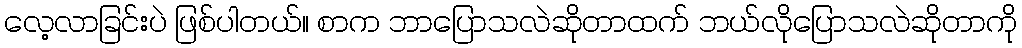
လေ့လာခြင်းပဲ ဖြစ်ပါတယ်။ စာက ဘာပြောသလဲဆိုတာထက် ဘယ်လိုပြောသလဲဆိုတာကို